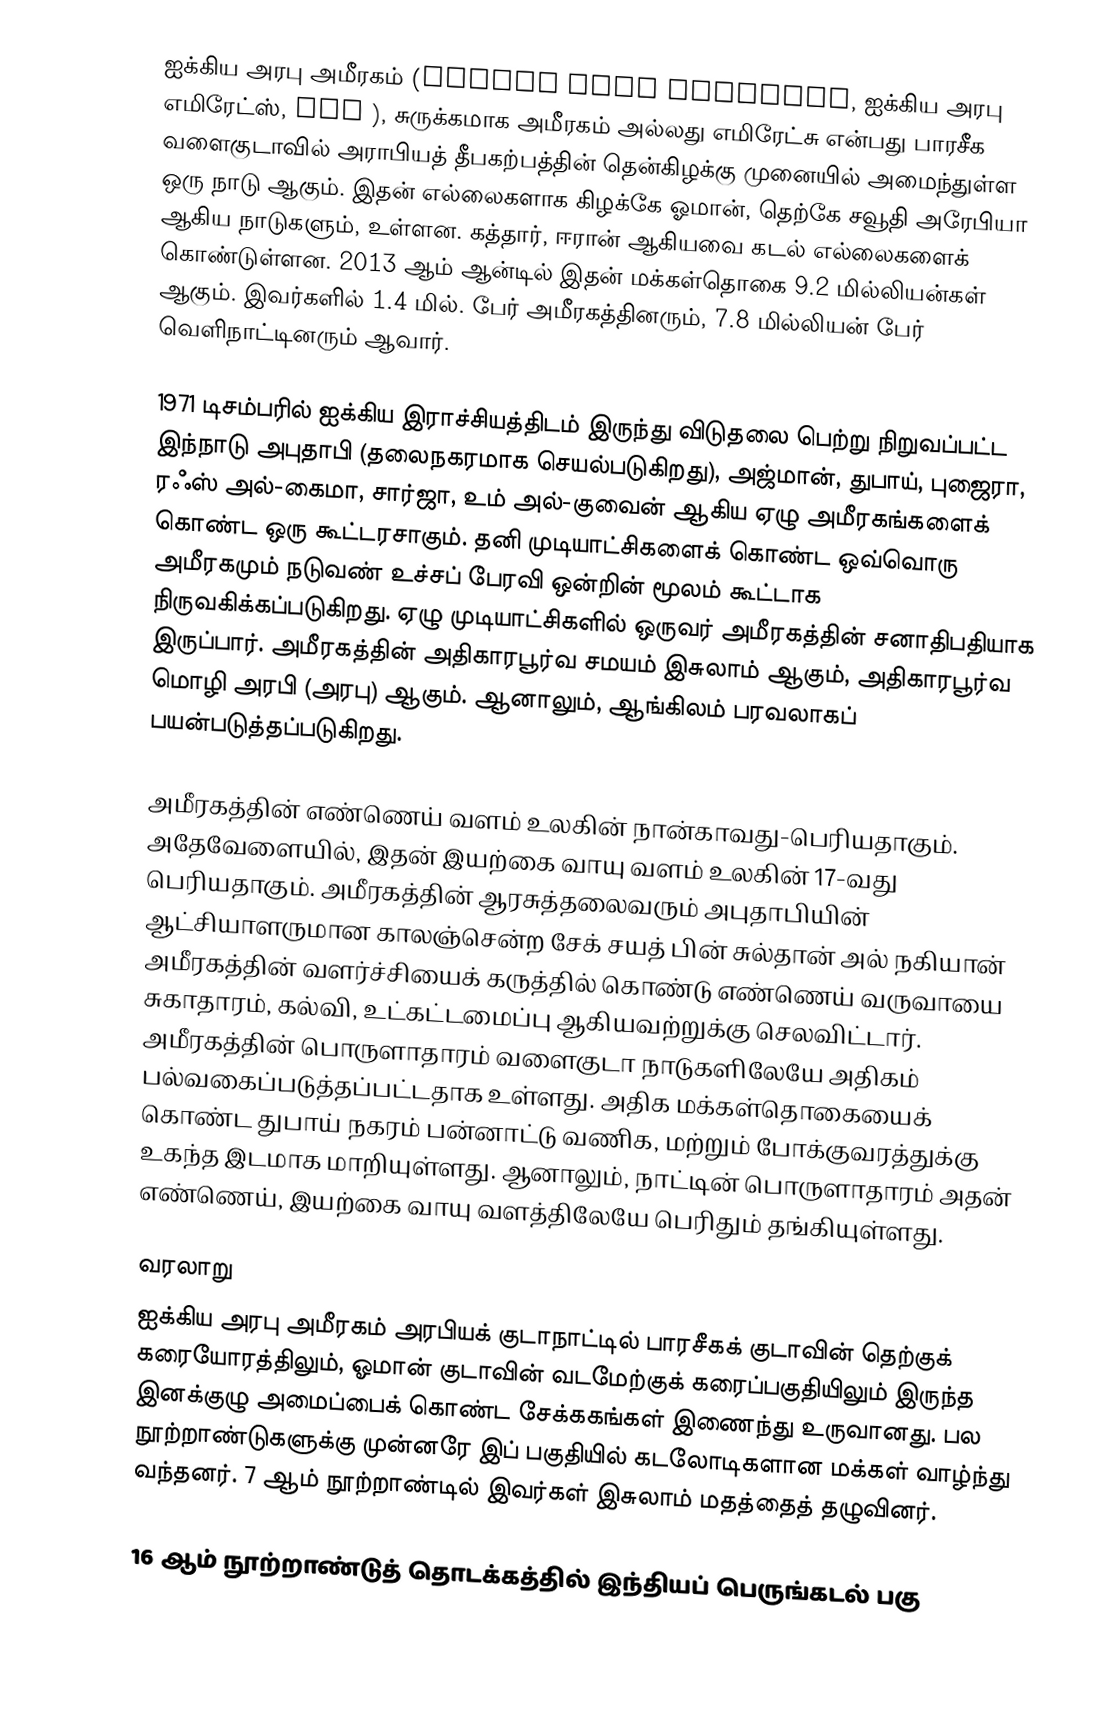
ஐக்கிய அரபு அமீரகம் (United Arab Emirates, ஐக்கிய அரபு எமிரேட்ஸ், UAE  ), சுருக்கமாக அமீரகம் அல்லது எமிரேட்சு என்பது பாரசீக வளைகுடாவில் அராபியத் தீபகற்பத்தின் தென்கிழக்கு முனையில் அமைந்துள்ள ஒரு நாடு ஆகும். இதன் எல்லைகளாக கிழக்கே ஓமான், தெற்கே சவூதி அரேபியா ஆகிய நாடுகளும், உள்ளன. கத்தார், ஈரான் ஆகியவை கடல் எல்லைகளைக் கொண்டுள்ளன. 2013 ஆம் ஆன்டில் இதன் மக்கள்தொகை 9.2 மில்லியன்கள் ஆகும். இவர்களில் 1.4 மில். பேர் அமீரகத்தினரும், 7.8 மில்லியன் பேர் வெளிநாட்டினரும் ஆவார்.

1971 டிசம்பரில் ஐக்கிய இராச்சியத்திடம் இருந்து விடுதலை பெற்று நிறுவப்பட்ட இந்நாடு அபுதாபி (தலைநகரமாக செயல்படுகிறது), அஜ்மான், துபாய், புஜைரா, ரஃஸ் அல்-கைமா, சார்ஜா, உம் அல்-குவைன் ஆகிய ஏழு அமீரகங்களைக் கொண்ட ஒரு கூட்டரசாகும். தனி முடியாட்சிகளைக் கொண்ட ஒவ்வொரு அமீரகமும் நடுவண் உச்சப் பேரவி ஒன்றின் மூலம் கூட்டாக நிருவகிக்கப்படுகிறது. ஏழு முடியாட்சிகளில் ஒருவர் அமீரகத்தின் சனாதிபதியாக இருப்பார். அமீரகத்தின் அதிகாரபூர்வ சமயம் இசுலாம் ஆகும், அதிகாரபூர்வ மொழி அரபி (அரபு) ஆகும். ஆனாலும், ஆங்கிலம் பரவலாகப் பயன்படுத்தப்படுகிறது.

அமீரகத்தின் எண்ணெய் வளம் உலகின் நான்காவது-பெரியதாகும். அதேவேளையில், இதன் இயற்கை வாயு வளம் உலகின் 17-வது பெரியதாகும். அமீரகத்தின் ஆரசுத்தலைவரும் அபுதாபியின் ஆட்சியாளருமான காலஞ்சென்ற சேக் சயத் பின் சுல்தான் அல் நகியான் அமீரகத்தின் வளர்ச்சியைக் கருத்தில் கொண்டு எண்ணெய் வருவாயை சுகாதாரம், கல்வி, உட்கட்டமைப்பு ஆகியவற்றுக்கு செலவிட்டார். அமீரகத்தின் பொருளாதாரம் வளைகுடா நாடுகளிலேயே அதிகம் பல்வகைப்படுத்தப்பட்டதாக உள்ளது. அதிக மக்கள்தொகையைக் கொண்ட துபாய் நகரம் பன்னாட்டு வணிக, மற்றும் போக்குவரத்துக்கு உகந்த இடமாக மாறியுள்ளது. ஆனாலும், நாட்டின் பொருளாதாரம் அதன் எண்ணெய், இயற்கை வாயு வளத்திலேயே பெரிதும் தங்கியுள்ளது.

வரலாறு
ஐக்கிய அரபு அமீரகம் அரபியக் குடாநாட்டில் பாரசீகக் குடாவின் தெற்குக் கரையோரத்திலும், ஓமான் குடாவின் வடமேற்குக் கரைப்பகுதியிலும் இருந்த இனக்குழு அமைப்பைக் கொண்ட சேக்ககங்கள் இணைந்து உருவானது. பல நூற்றாண்டுகளுக்கு முன்னரே இப் பகுதியில் கடலோடிகளான மக்கள் வாழ்ந்து வந்தனர். 7 ஆம் நூற்றாண்டில் இவர்கள் இசுலாம் மதத்தைத் தழுவினர்.

16 ஆம் நூற்றாண்டுத் தொடக்கத்தில் இந்தியப் பெருங்கடல் பகு